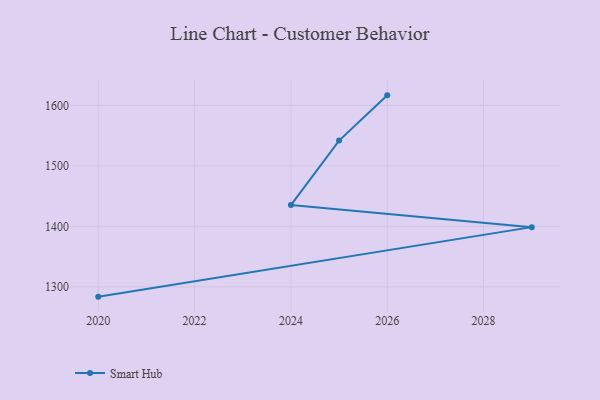
{"axis": {"x": "Year", "y": "Latency (ms)"}, "legend": ["Smart Hub"], "data": [{"x": "2020", "y": 1283.8, "type": "Smart Hub"}, {"x": "2029", "y": 1398.7, "type": "Smart Hub"}, {"x": "2024", "y": 1435.1, "type": "Smart Hub"}, {"x": "2025", "y": 1541.7, "type": "Smart Hub"}, {"x": "2026", "y": 1616.5, "type": "Smart Hub"}]}